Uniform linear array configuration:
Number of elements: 48
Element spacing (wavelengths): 0.75
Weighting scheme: blackman
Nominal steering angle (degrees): -60
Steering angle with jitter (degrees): -61.61
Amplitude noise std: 0.05
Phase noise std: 0.05

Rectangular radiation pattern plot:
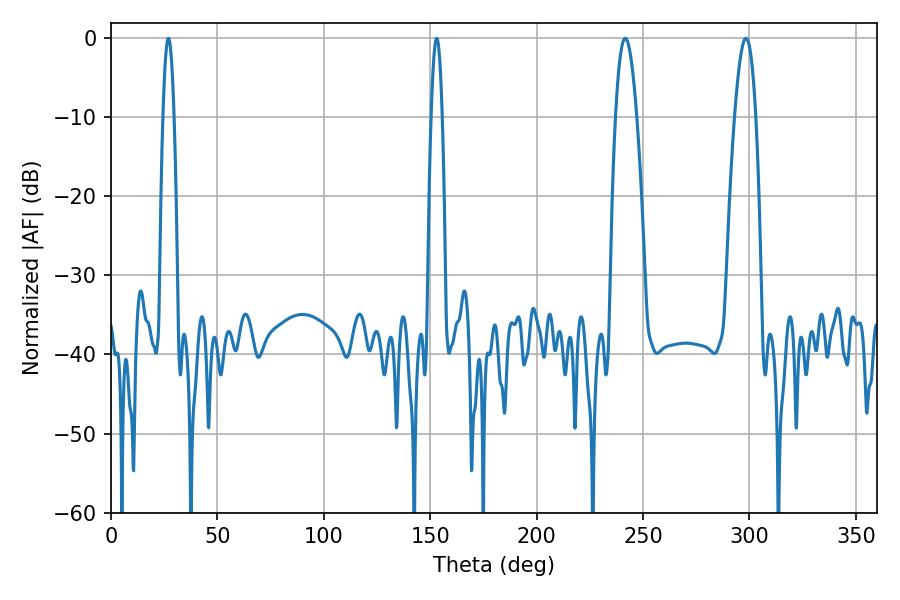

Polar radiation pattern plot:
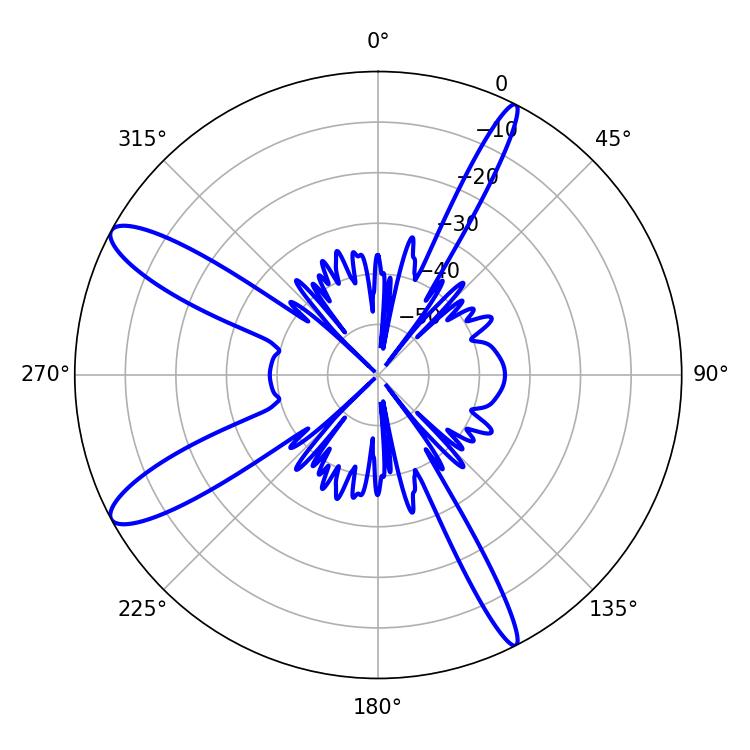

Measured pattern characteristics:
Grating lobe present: TRUE
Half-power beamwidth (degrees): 2.88
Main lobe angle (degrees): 27